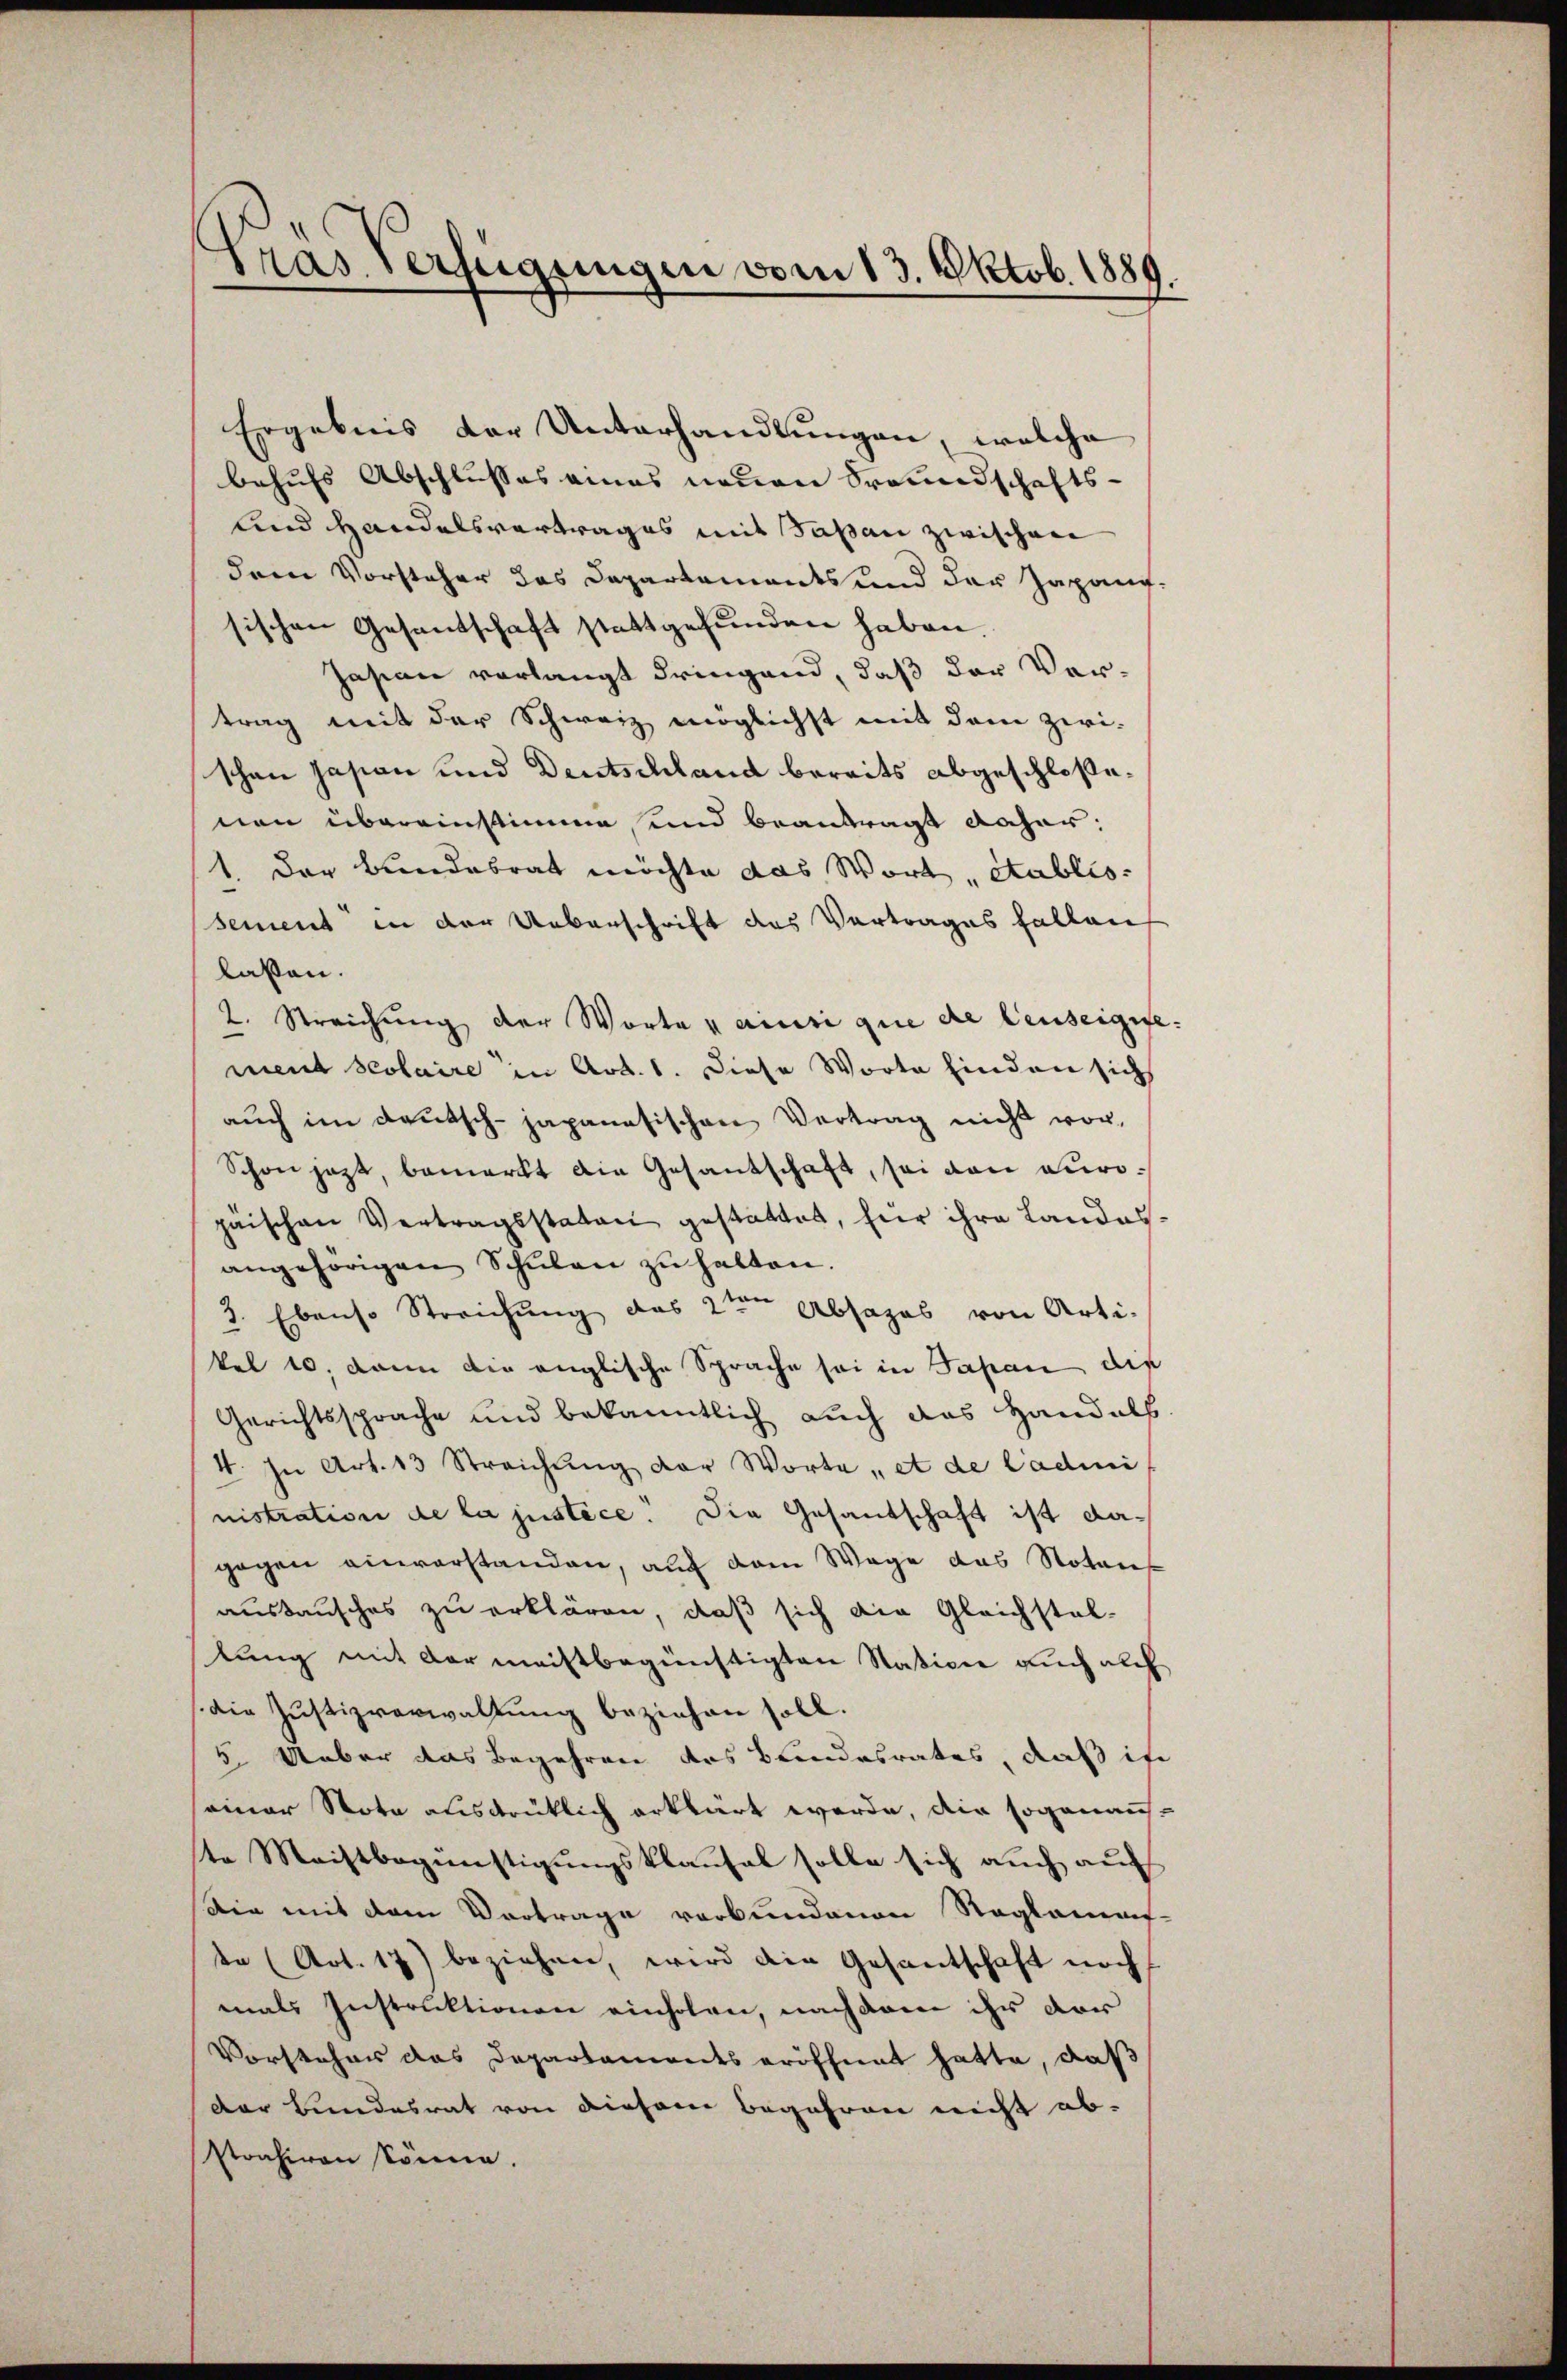
Pras Verfügungen vom 13. Oktob. 1889.

Ergebnis der Unterhandlungen, welche
behufs Abschlusses eines neuen Freundschafts-
und Handelsvertrages mit Tapan zwischen
dren Vorsteher des Departements und der Japanisischen Gesantschaft stattgefunden haben.
Jasian verlangt dringend, daß der Ver-
trag mit der Schweiz möglichst mit dem zwi-
schen Japan und Deutschland bereits abgeschloßenen übereinstimme, und beantragt daher:
1. Der Bundesrat möchte das Wort „Stablissement in der Ueberschrift des Vertrages fallen,
laßen.
2. Streichung der Worte u ansi que de leuseigesement scolaire in Art. 1. Diese Worte finden sich
aŭch im deŭtsch-japanesischen Vertrag nicht vor-
Schon jetzt, bemerkt die Gesantschaft, sei von europäischen Vertragsstaten gestattet, für ihre Landesangehörigen Schŭlen zŭ halten.
2. Ebenso Streichung das 2ten Absages von Arti-
kel 10, dann die englische Sprache sei in Tapan die
Gerichtssprache und bekanntlich auch das Handels
4. In Art. 13 Streichung der Worte et de Cadini
nistration de la justice. Die Gesantschaft ist dagegen einverstanden, auf dem Wege das Notar
austausches zu erklären, daß sich die Gleichstal-
lung mit der meistbegünstigten Statione auch auch
die Justizverwaltung beziehen soll.
5. Ueber das Begehren des Bundesrates, daß ih
seiner Nota ausdrüklich erklärt werde, die soganante Machtbegünstigungsklausal solle sich auch auf
Ain mit dem Vortrage verbundenen Reglerauf-
de (Art. 17) beziehen, wird die Gesantschaft noch
mals Instruktionen einholen, nachdem ihr der
Vorstehens das Departamentseröffnet hatte, daß
der Bundesrat von diesem Begehren nicht ab-
strahiren könne